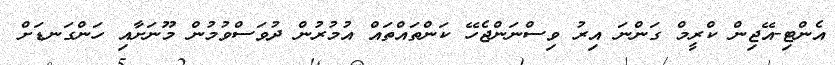
އެންޓި-އޭޖިން ކްރީމް ގަންނަ އިރު ވިސްނަންޖެހޭ ކަންތައްތައް އުމުރުން ދުވަސްވުމުން މޫނަށާއި ހަންގަނޑަށް